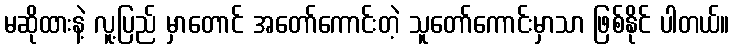
မဆိုထားနဲ့ လူ့ပြည် မှာတောင် အတော်ကောင်းတဲ့ သူတော်ကောင်းမှာသာ ဖြစ်နိုင် ပါတယ်။